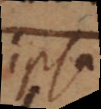
ipsa